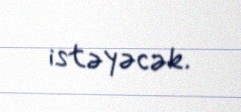
istəyəcək.